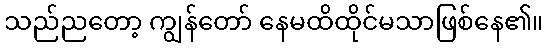
သည်ညတော့ ကျွန်တော် နေမထိထိုင်မသာဖြစ်နေ၏။